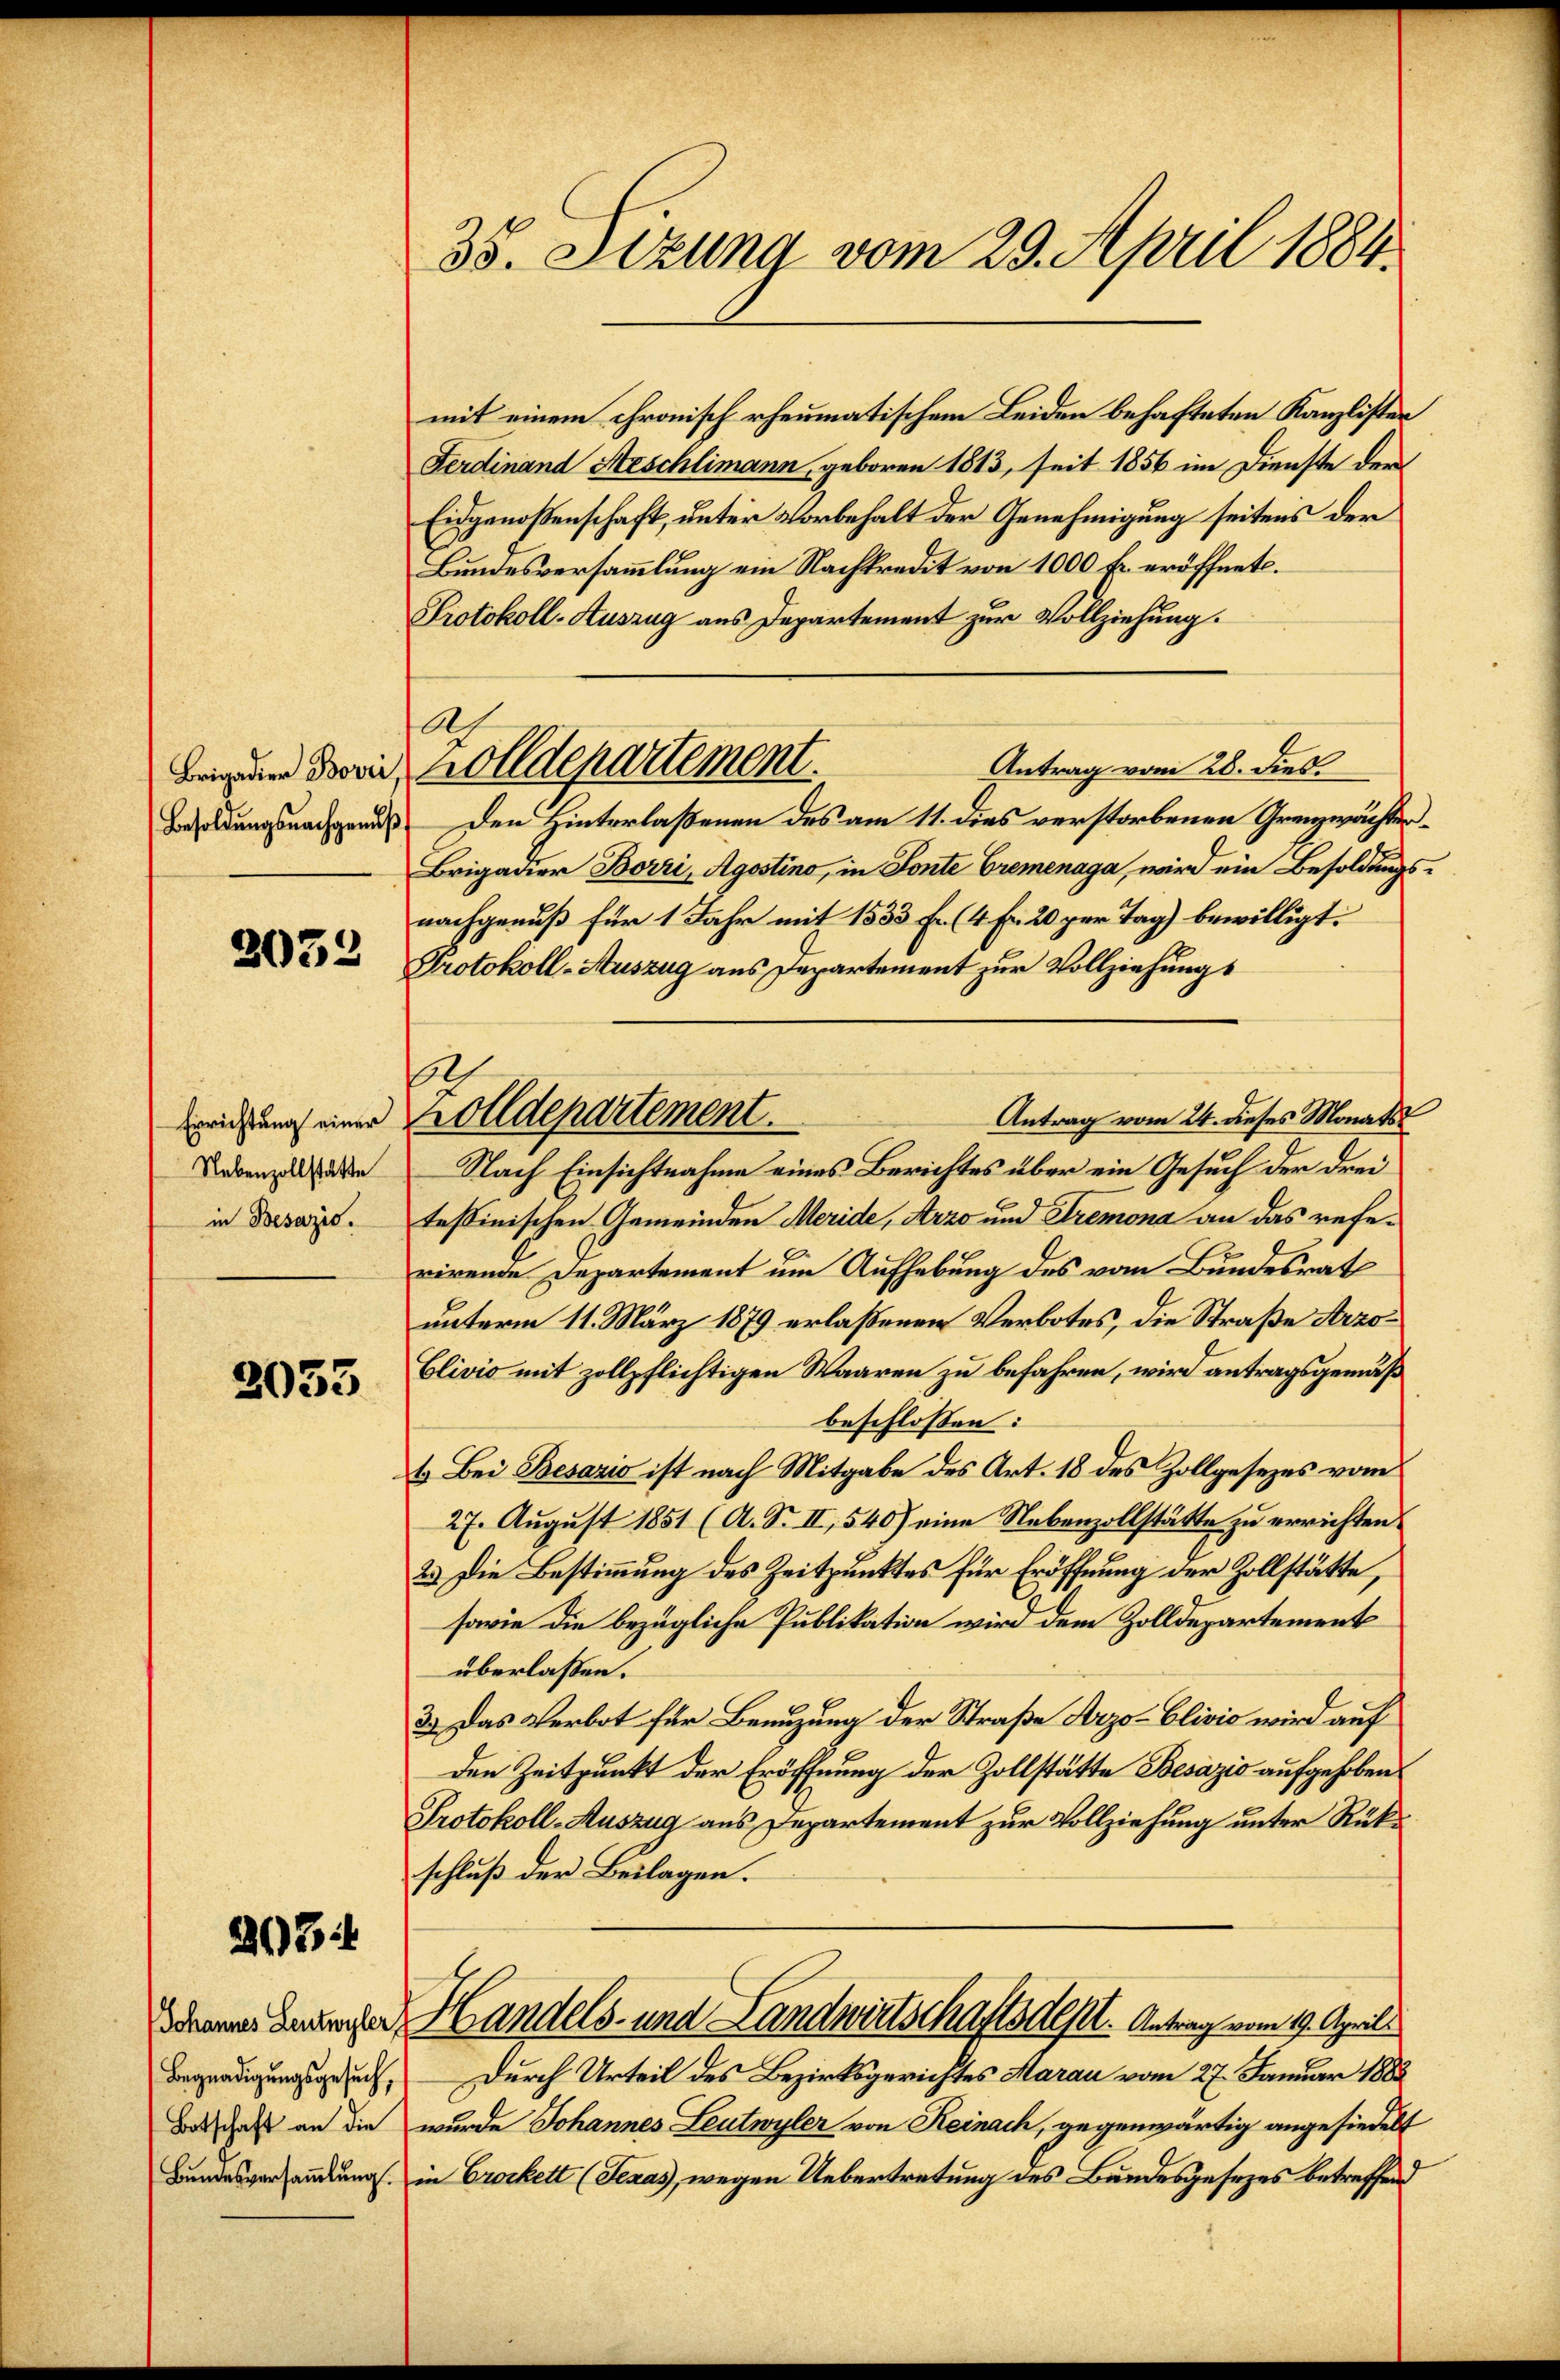
Brigadier Borri,
Besoldungsnachgenuß

2032

Errichtung einer
Nebenzollstatte
in Besazio

2033

2084

Begnadigungsgesuch,
Botschaft an die
Bundesversaṁlŭng.

35. Stzung vom 29. April 1884.

mit einem chronisch rheumatischem Leiden behafteten Kanzlisten
Ferdinand Heschlimann, geboren 1813, seit 1856 im Dienste der
Eidgenoßenschaft, unter Vorbehalt der Genehmigung seitens der
Bundesversammlung ein Nachtredit von 1000 Fr. eröffnet.
Protokoll-Auszug aus Departement zur Vollziehung.
Den Hinterlaßenen des am 11. dies verstorbenen Grenzwächter¬
Brigadier Borri, Agostino, in Fonte Cremenaga, wird ein Besoldungsnachgenuß für 1 Jahr mit 1533 fr (4 Fr. 20 per Tag) bewilligt:
Protokoll-Auszug aus Departement zur Vollziehungs
.
Antrag vom 24. dieses Monats
Nach Einsichtnahme eines Berichtes über ein Gesuch der drei
tessinischen Gemeinden Meride, Arzo und Tremona an das referirende Departement um Aufhebung des vom Bundesrat
unterm 11. März 1879 erlaßenen Verbotes, die Straße Arzo¬
Clivio mit zollpflichtigen Waaren zu befahren, wird antragsgemäß
beschlossen:
4. Bei Besario ist nach Mitgabe des Art. 18 des Zollgesezes vom
27. August 1851 (A. Nr. II, 540) eine Nebenzollstätte zu errichten:
2.) Die Bestimmung des Zeitpunktes für Eröffnung der Zollstätte,
sowie die bezügliche Publikation wird dem Zolldepartement
überlassen.
3.) Das Verbot für Benuzung der Straße Arzo-Clivio wird auf
den Zeitpunkt der Eröffnung der Zollstätte Besazić aufgehoben
Protokoll-Auszug aus Departement zur Vollziehung unter Rükschluß der Beilagen.
Deiner Berecher Handels- und Landwirtschaftsdest. Antrag vom 19. April
Durch Urteil des Bezirksgerichtes Marau vom 27. Januar 1883
wurde Johannes Leutwyler von Reinach, gegenwärtig angesiedelt
in Crockett (Jezas, wegen Uebertretung des Bundesgesezes betreffend

Ach
Antrag vom 28. dies
Zolldepartement.

Zolldepartement.